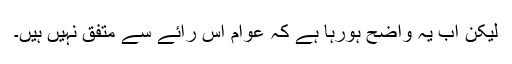
لیکن اب یہ واضح ہورہا ہے کہ عوام اس رائے سے متفق نہیں ہیں۔